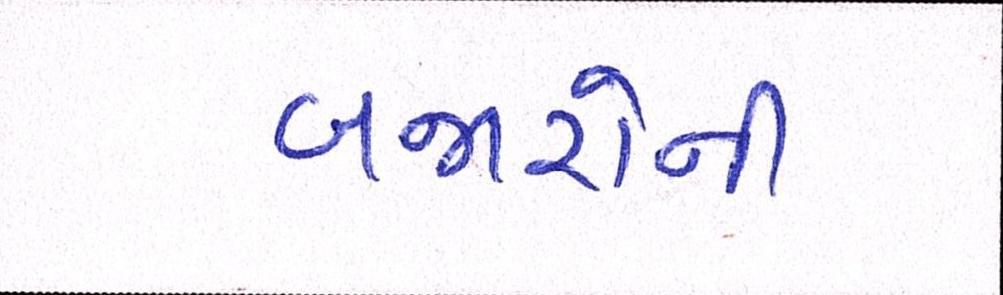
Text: બજારોની